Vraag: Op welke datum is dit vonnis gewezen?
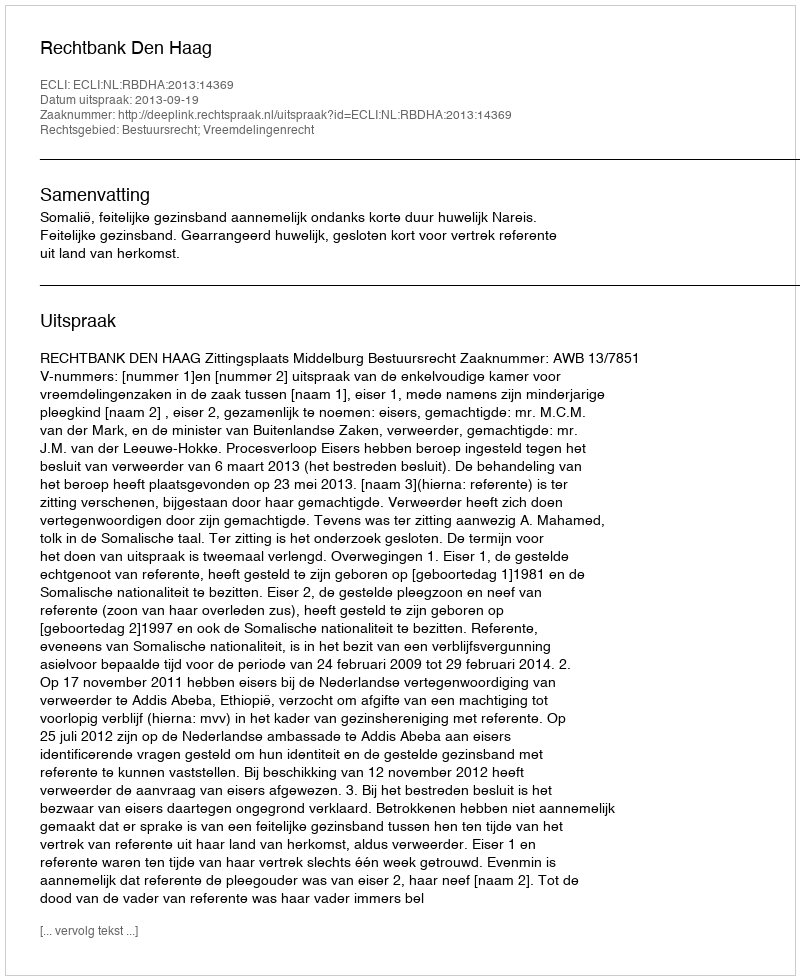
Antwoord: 2013-09-19